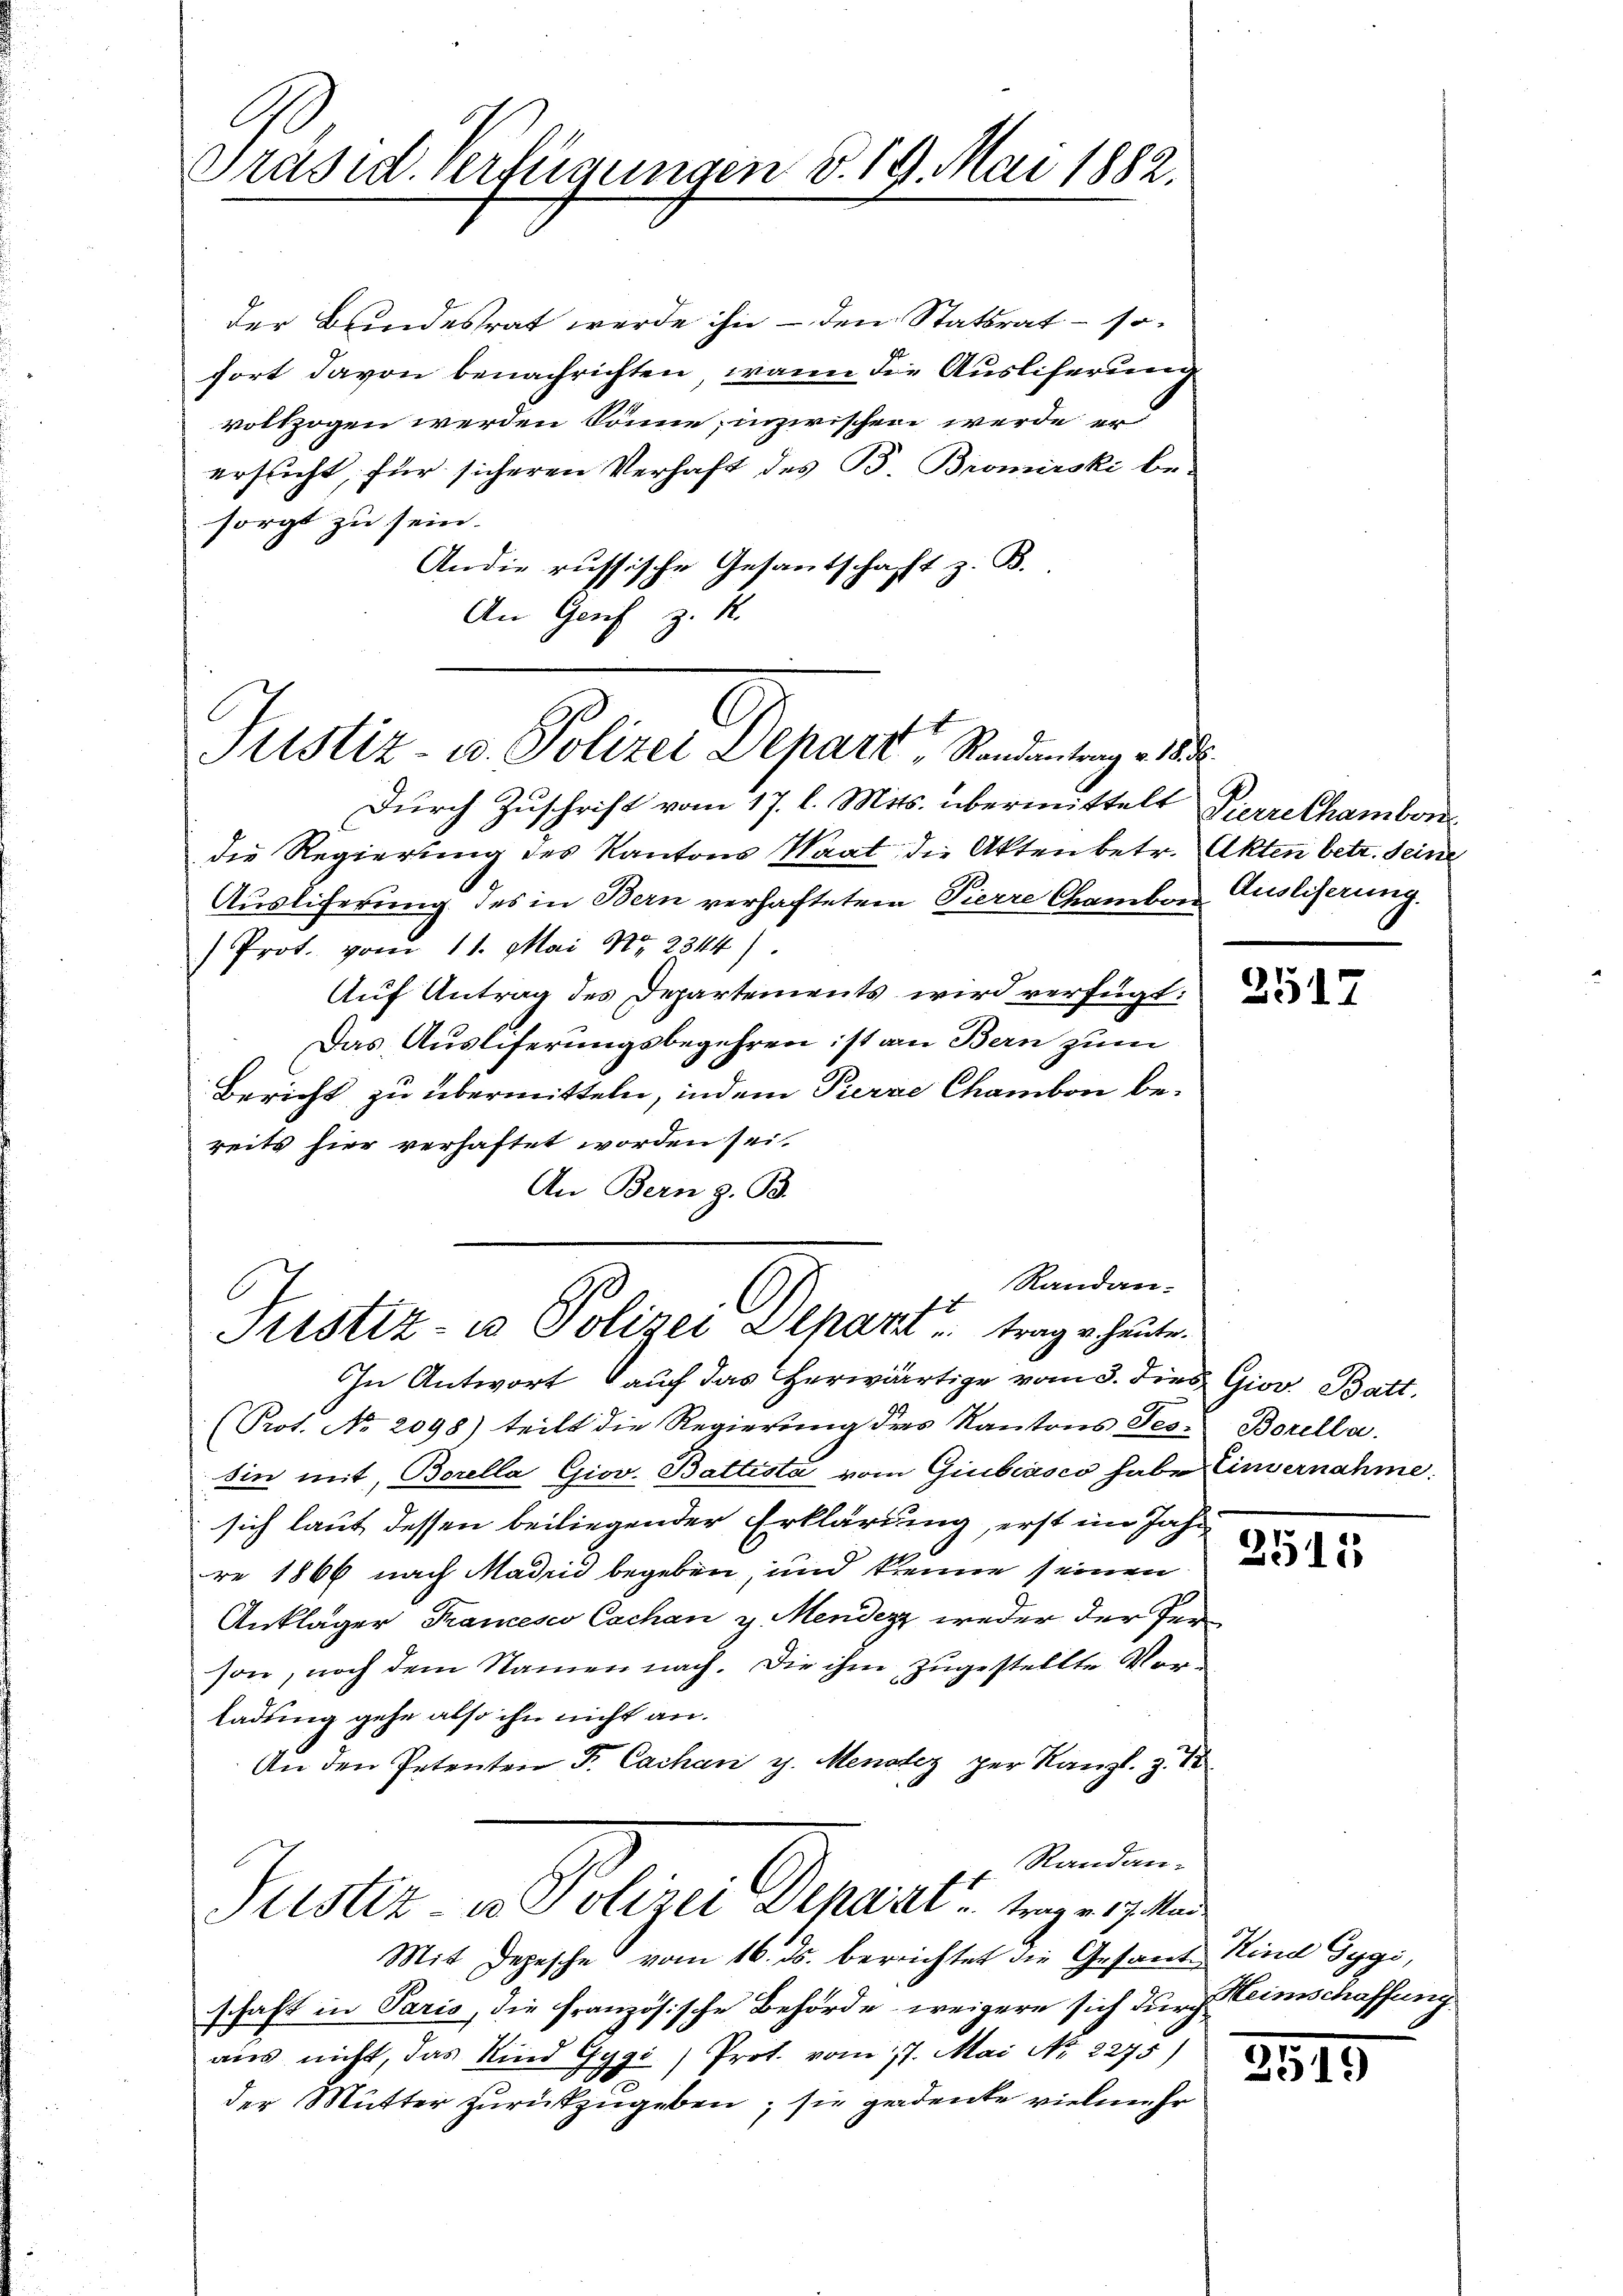
Präsid. Verfügungen v. 19. Mai 1882.

der Bundesrat werde ihn – den Statsrat – sofort davon benachrichten, wann die Ausliferung
vollzogen werden könne, inzwischen werde er
ersucht, für sicheren Verhaft des B. Bromirski be-
sorgt zu sein.
Andie russische Gesantschafft z. B.
An Genf z. B.

Pristiz- u. Polizei Depart, Randantrag - 188

Randan-
Es
Sistiz- u Polizei Alparz trag u. heute.

Durch Zuschrift vom 17. l. Mts. übermittelt Pierrechambordie Regierung des Kantons Saat die Akten betr. Akten betr. Seine
Auslicherung des in Bern verhafteten Pierre Chamber Ausliserung.
) Prot. vom 11. Mai Nr. 2344)
Auf Antrag des Departements wird verfügt:
Das Ausliferungsbegehren ist an Bern zum
Bericht zu übermitteln, indem Pierre Chambon bereits hier verhaftet worden sei.
An Bern z. B.

In Antwort auch das herwärtige vom 3. dies Giov. Batt.
(Prot. No. 2098) teilt die Regierung des Kantons Tes-
sin mit, Borella Giov. Battista vom Giubiasco habe Einvernahme:
sich laut dessen beiliegender Erklärung, erst im Jahr
re 1866 nach Madrid begeben, und kenne seinen
Ankläger Francesco Cachan v. Mendenz weder der Person, noch dem Namen nach. Die ihm zugestellte Vorladung gehe also ihn nicht an.
An den Petenten F. Cachani d. Menotez per Kanzl. z. 1
Randan¬
Justiz- u Polizei Depart   trage 17. Mar
Mit Depesche vom 16. ds. bereichtet die Gesand Kind Gygi,
schaft in Paris, die französische Behörde, weigere sich durch einschaffung
aus nicht, das Kind Gygi) Prot. vom 17. Mai No 2275)
der Mutter zurückzugeben; sie gadente vielmehr

2517

Borella.

2515

2515